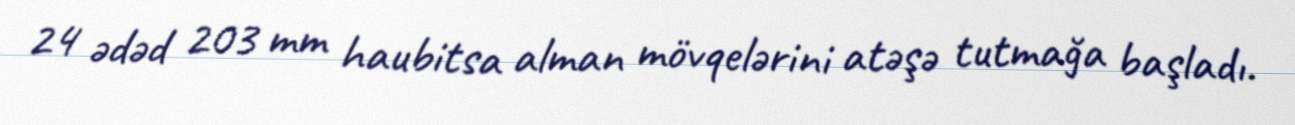
24 ədəd 203 mm haubitsa alman mövqelərini atəşə tutmağa başladı.